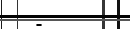
-